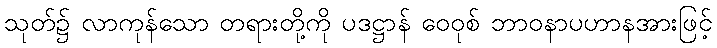
သုတ်၌ လာကုန်သော တရားတို့ကို ပဒဋ္ဌာန် ဝေဝုစ် ဘာဝနာပဟာနအားဖြင့်